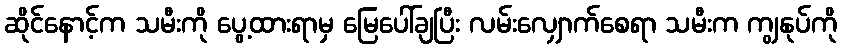
ဆိုင်နောင့်က သမီးကို ပွေ့ထားရာမှ မြေပေါ်ချပြီး လမ်းလျှောက်စေရာ သမီးက ကျွနုပ်ကို